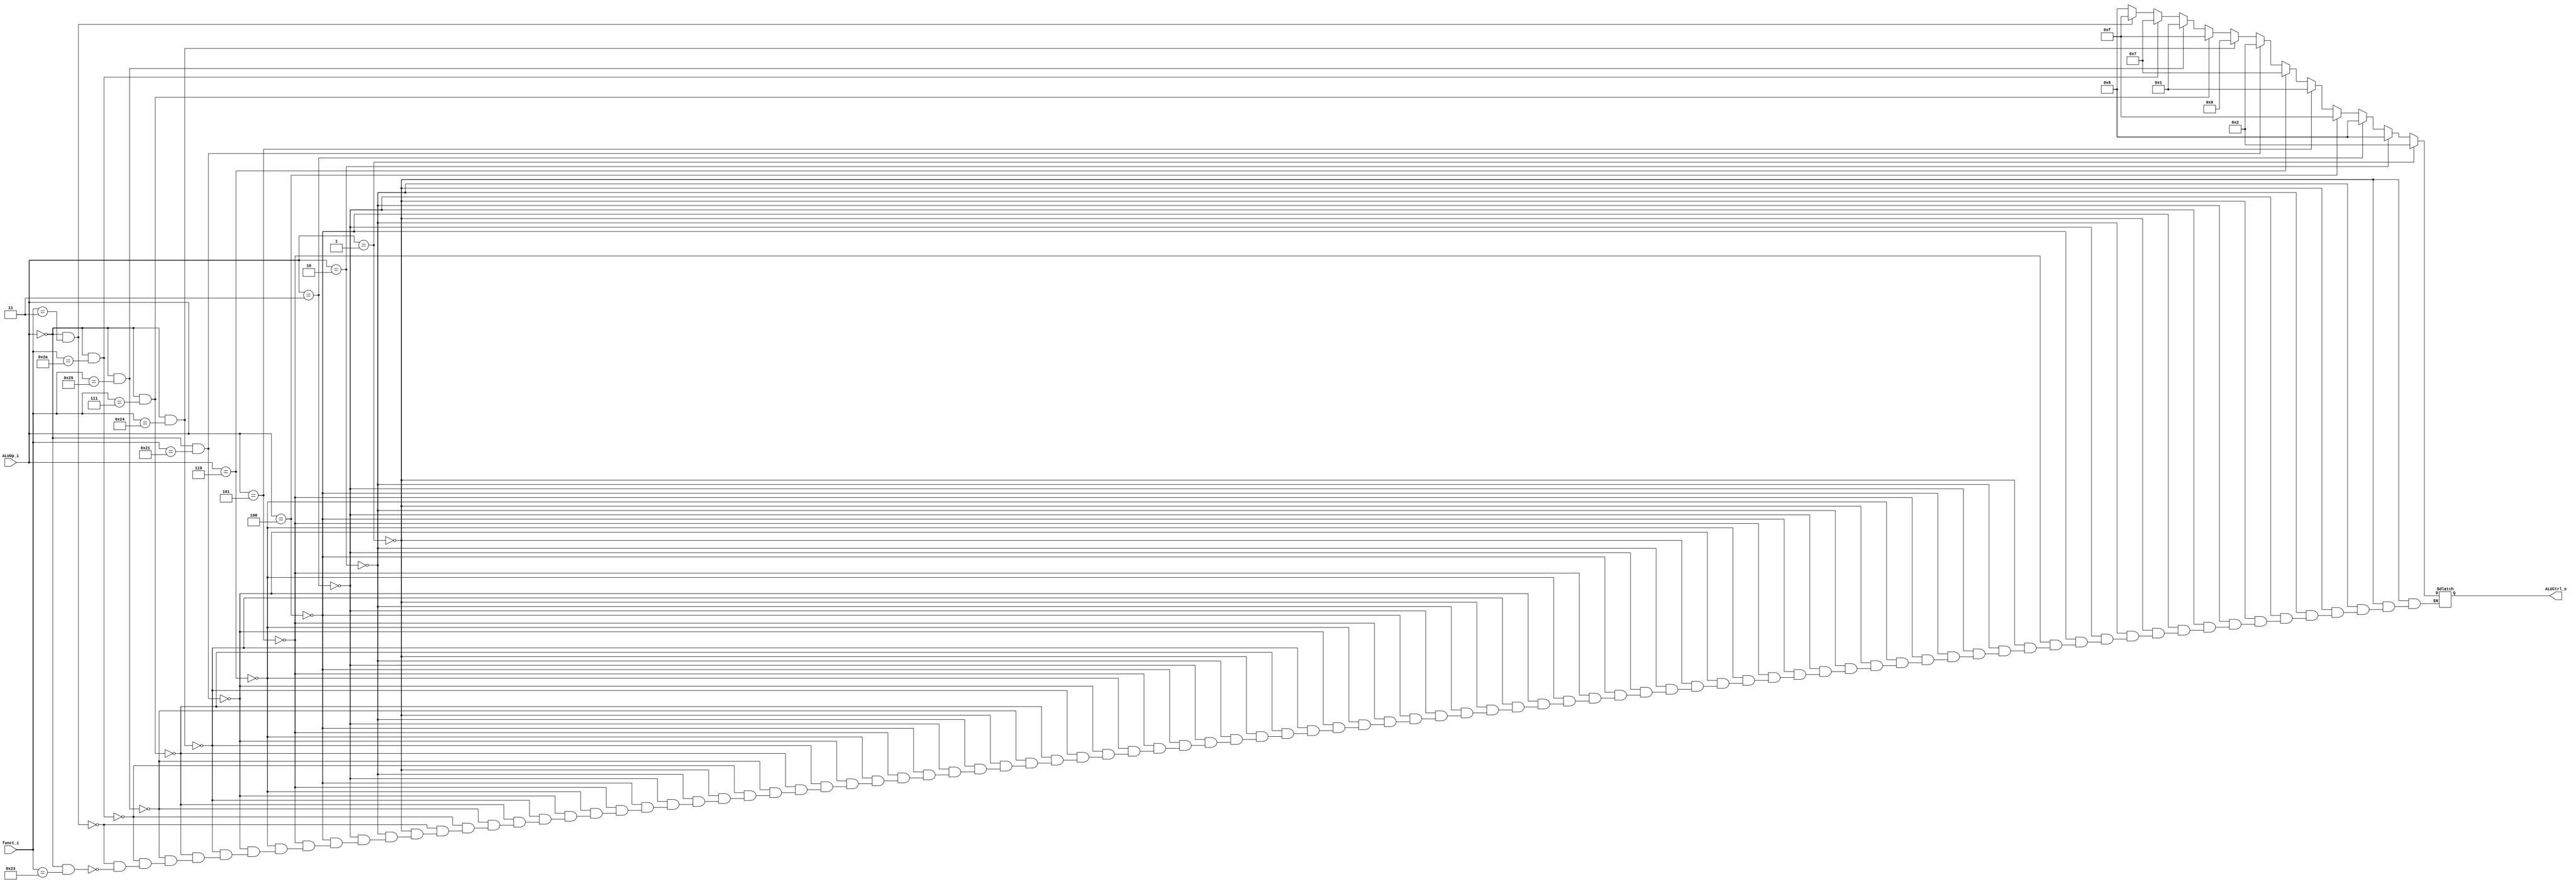

module ALU_Ctrl(
        funct_i,
        ALUOp_i,
        ALUCtrl_o
        );

//I/O ports
input      [6-1:0] funct_i;
input      [3-1:0] ALUOp_i;

output     [4-1:0] ALUCtrl_o;

//Internal Signals
reg        [4-1:0] ALUCtrl_o;

//Select exact operation
always @(*) begin
	if(ALUOp_i==3'b001)begin           //addi
			ALUCtrl_o=4'b0010;
	end else if(ALUOp_i==3'b010)begin  //beq
			ALUCtrl_o=4'b0110;
	end else if(ALUOp_i==3'b011)begin  //bne
			ALUCtrl_o=4'b0110;
	end else if(ALUOp_i==3'b100)begin  //lui
			ALUCtrl_o=4'b1111;
	end else if(ALUOp_i==3'b101)begin  //ori
			ALUCtrl_o=4'b0001;
	end else if(ALUOp_i==3'b110)begin  //sltiu
			ALUCtrl_o=4'b0111;
	end else if(ALUOp_i==3'b000 && funct_i==6'b100001)begin  //addu
			ALUCtrl_o=4'b0010;
	end else if(ALUOp_i==3'b000 && funct_i==6'b100100)begin  //and
			ALUCtrl_o=4'b0000;
	end else if(ALUOp_i==3'b000 && funct_i==6'b000111)begin  //srav
			ALUCtrl_o=4'b1111;
	end else if(ALUOp_i==3'b000 && funct_i==6'b100101)begin  //or
			ALUCtrl_o=4'b0001;
	end else if(ALUOp_i==3'b000 && funct_i==6'b101010)begin  //slt
			ALUCtrl_o=4'b0111;
	end else if(ALUOp_i==3'b000 && funct_i==6'b000011)begin  //sra
			ALUCtrl_o=4'b1111;
	end else if(ALUOp_i==3'b000 && funct_i==6'b100011)begin  //subu
			ALUCtrl_o=4'b0110;
	end
end


endmodule